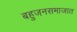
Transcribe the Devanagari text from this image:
बहुजनसमाजात